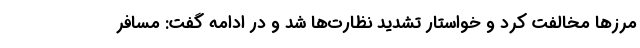
مرزها مخالفت کرد و خواستار تشدید نظارت‌ها شد و در ادامه گفت: مسافر